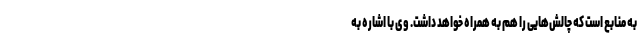
به منابع است که چالش‌هایی را هم به همراه خواهد داشت. وی با اشاره به